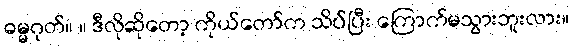
ဓမ္မဂုတ်။ ။ ဒီလိုဆိုတော့ ကိုယ်တော်က သိပ်ပြီး ကြောက်မသွားဘူးလား။